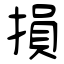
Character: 損